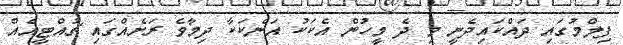
ފިލްމުގައި ދައްކައިދެނީ މި ދެ މީހުން އެކަކު އަނެކަކާ ދިމާވެ ރަށެއްގައި ޗުއްޓީއެއް